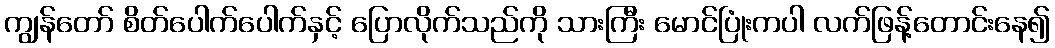
ကျွန်တော် စိတ်ပေါက်ပေါက်နှင့် ပြောလိုက်သည်ကို သားကြီး မောင်ပြုံးကပါ လက်ဖြန့်တောင်းနေ၍